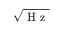
\sqrt { \mathrm { ~ H ~ z ~ } }